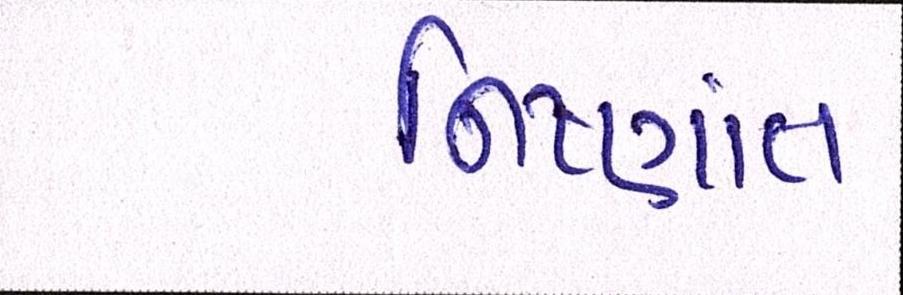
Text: નિષ્ણાંત